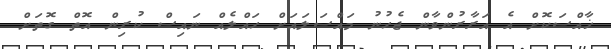
ޚާއްސަކޮށް އެ އަރާރުންވާން ޖެހުނު މައްސަލައަށް ހައްލެއް ނައިސް ކުރިން އޮތް ގޮތަށް